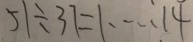
5 1 \div 3 7 = 1 \cdots 1 4